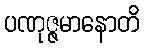
ပဏုဇ္ဇမာနောတိ